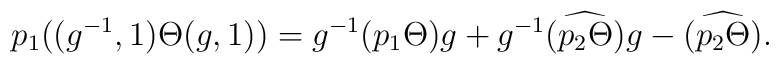
p_1((g^{-1},1)\Theta(g,1)) = g^{-1}(p_1\Theta)g + g^{-1}\widehat{(p_2\Theta)}g - \widehat{(p_2\Theta)}.